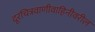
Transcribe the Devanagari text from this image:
दूरचित्रवाणीवाहिनीवरील